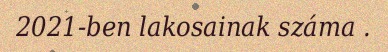
2021-ben lakosainak száma .